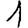
Digit: 1